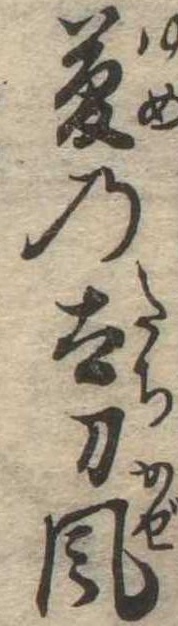
夢の太刀風